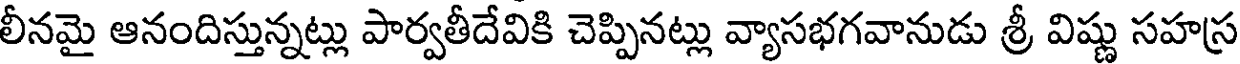
లీనమై ఆనందిస్తున్నట్లు పార్వతీదేవికి చెప్పినట్లు వ్యాసభగవానుడు శ్రీ విష్ణు సహస్ర